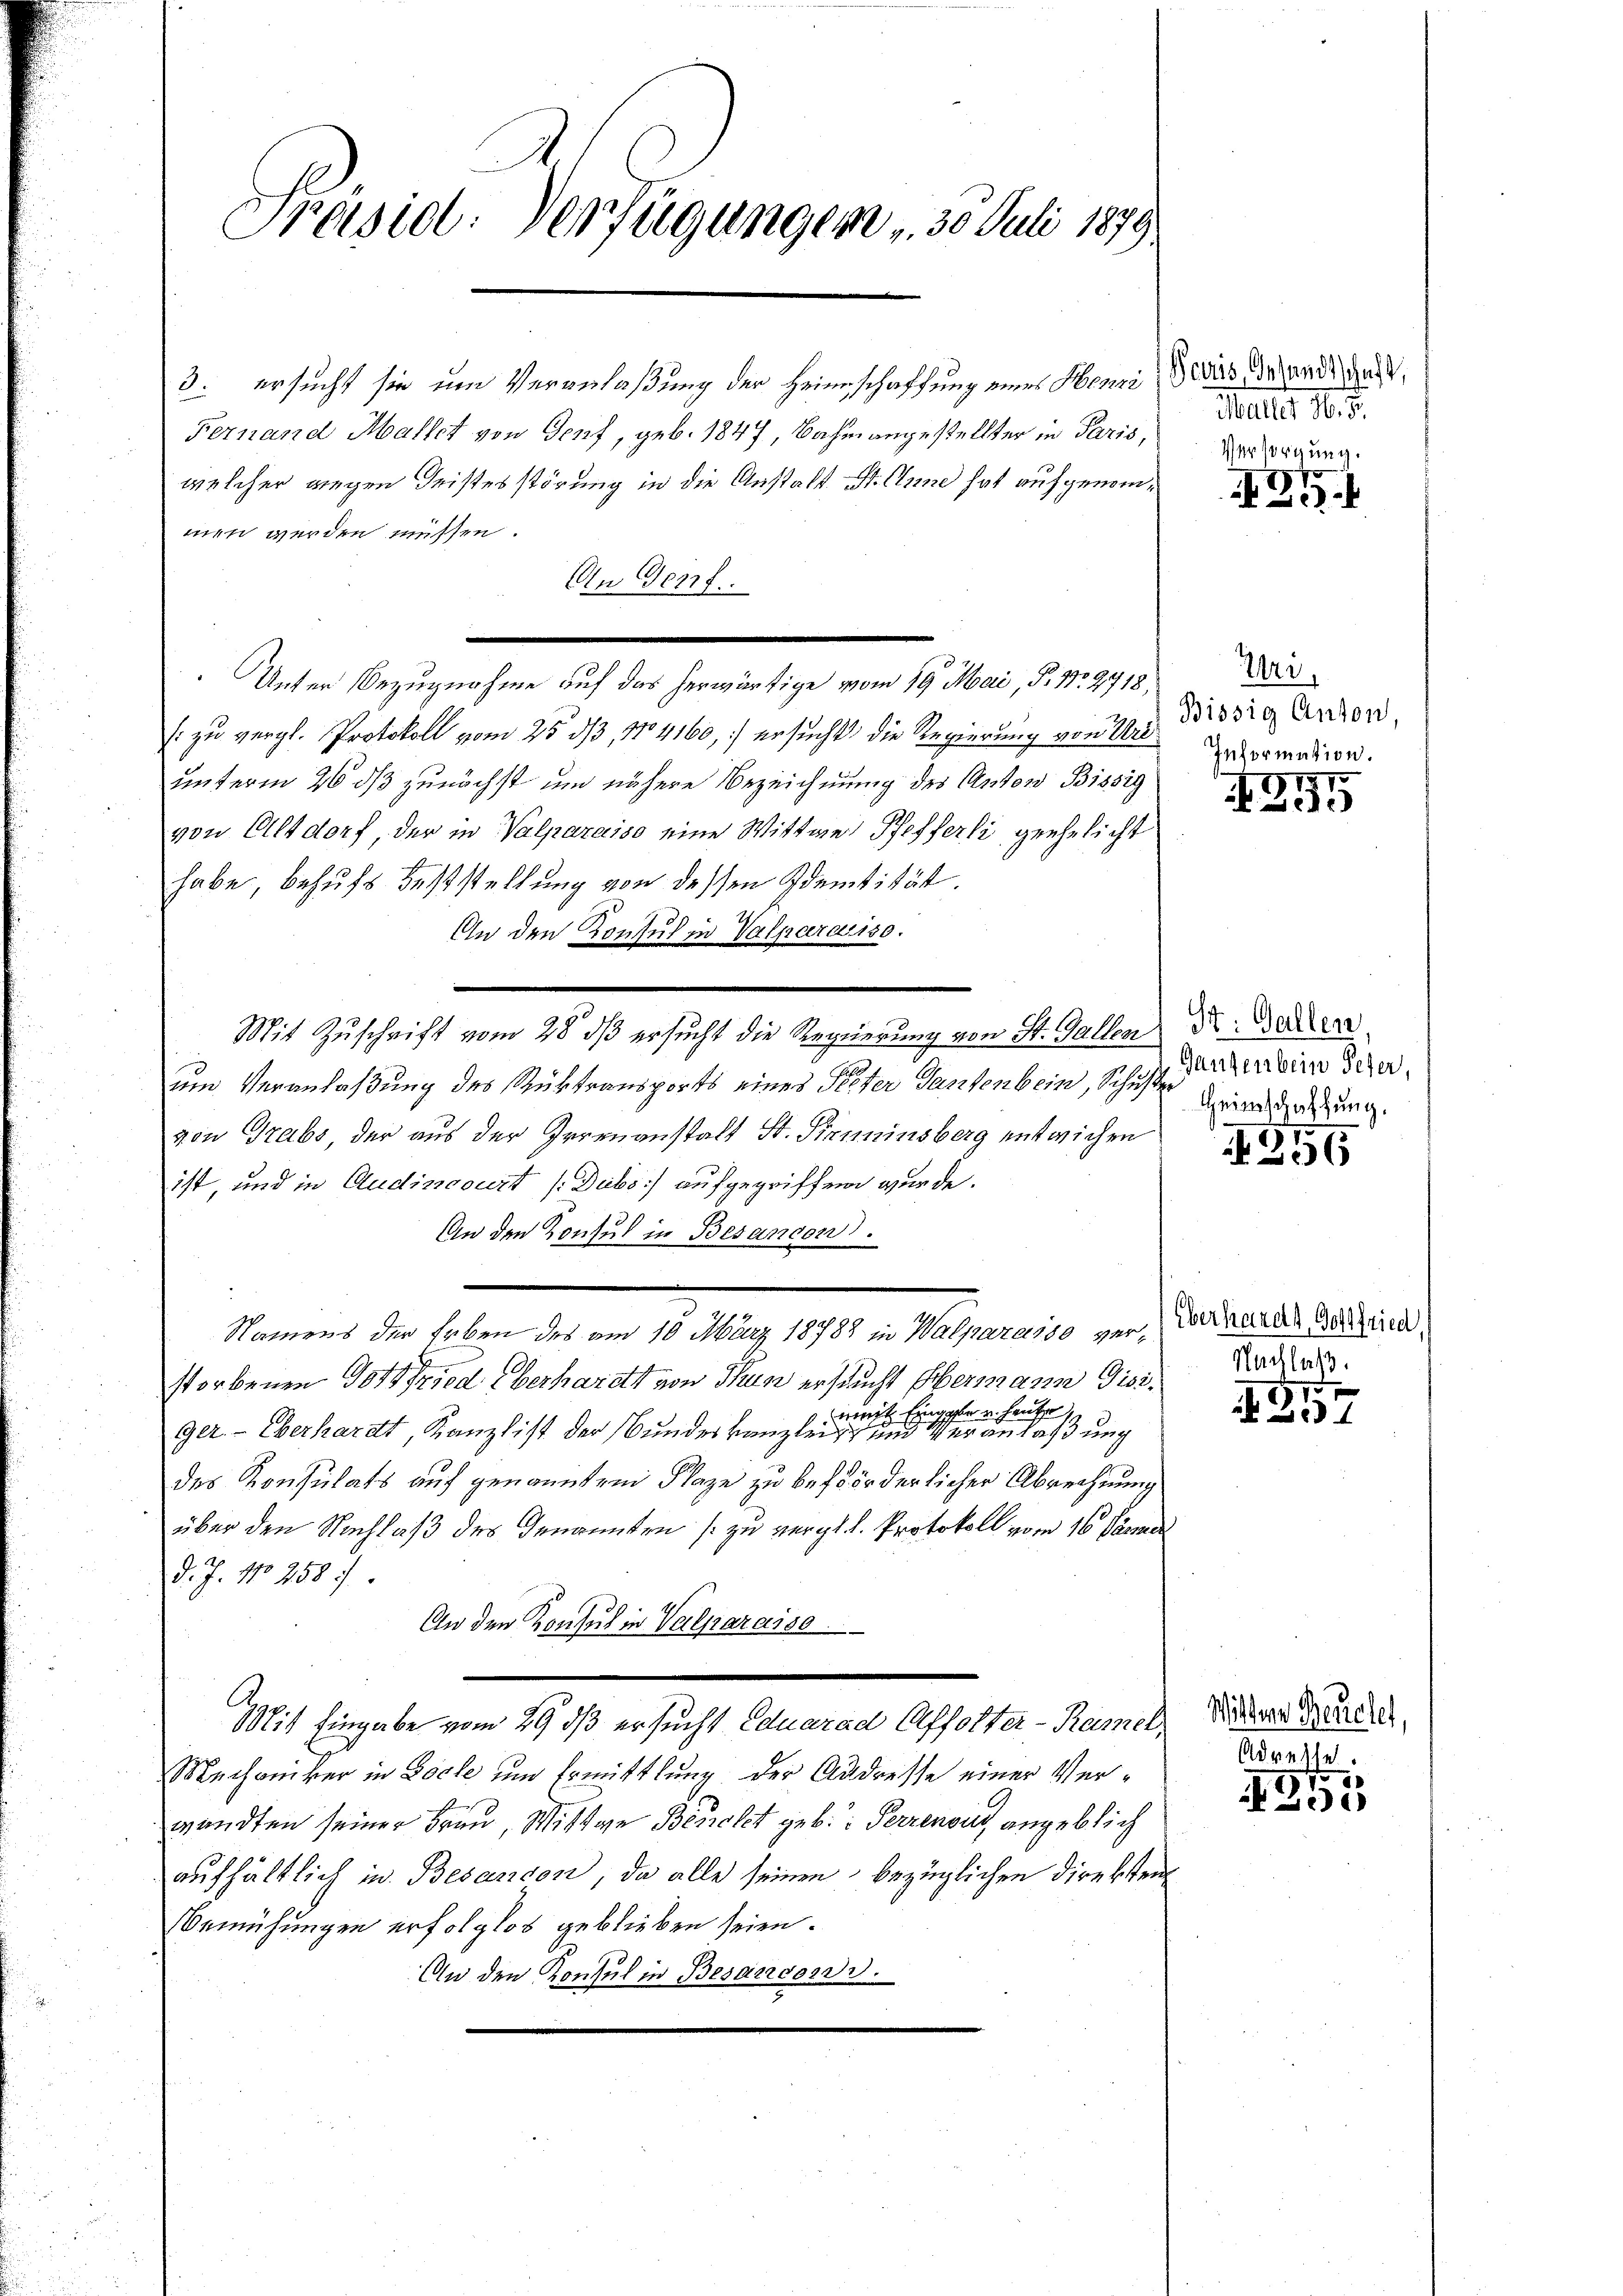
Präsidl: Verfügungen , 30 Juli 1879.

3. ersucht sie um Veranlaßung der Heimschaffung eines Henni de des Gesandt un
Fernand Mallet von Genf, geb. 1847, Bahn angestellter in Paris,
welcher wegen Geistesstörung in die Anstalt St. Anne hat aufgenommen werden müssen.
An Genf
Unter Bezugnahme auf das herwärtige vom 19. Mai, P. Nr. 2718,
/ zu vergl. Protokoll vom 25. ds, No 4160, ersucht, die Regierung von Untermation.
unterm 26 ds zunächst um nähere Bezeichnung des Anton Bissig
von Altdorf, der in Walparaiso eine Wittwe Pfefferli geehelicht
habe behufs Feststellung von dessen Identität.
An den Konsul in Valpararis.
Mit Zuschrift vom 28 dß ersucht die Regierung von St. Gallen Dr. der
um Veranlaßung des Rüktransports eines Peter Tantenbein, Schuster Regenderung.
von Grabs, der aus der Irrenanstalt St. Pirminsberg entwichen
ist, und in Audincourt / Dubs] aufgegriffen wurde.
An den Konsul in Besandon.
Namens der Erben des am 10. März 18788 in Walparasse zur Verkarten der eid.
storbenen Gottfried überharett von Thun ersucht übermann Gisiamit Eingaber heute
ger. - Überhardt, Kanzlist der Bundeskanzleigt und Veranlaßung
des Konsulats auf genannten Klage zu beförderlicher Abrechnung
über den Nachlaß des Genannten zu vergl. d. Protokoll vom 16. Jänner
d. J. No 258 f.
An den Konsul in Valparaiso
Mit Eingabe vom 29 dß ersucht Eduarad Affolter-Ramel
Mechaniker in Böcke um Ermittlung der Andresse einer Verwandten seiner Frau, Wittwe Besolet geb. Perrenoin, angeblich
aufhältlich in Besandon, da alle seinen bezüglichen Direkten
Bemühungen erfolglos geblieben seien.
An den Konsul in Besandord.

Maller H. 5.
Versorgung.

)
.

Uri,
Bissig Anton,

275

Ganzenbein Peter,

35

Nachlaß.

1515
204

Wittern Beuchet,
Adreste.

5
1